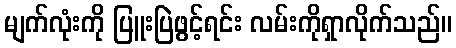
မျက်လုံးကို ပြူးပြဲဖွင့်ရင်း လမ်းကိုရှာလိုက်သည်။